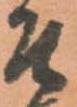
そ